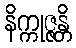
နိက္ကုဇ္ဇန္တိ